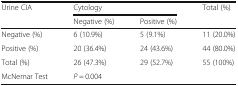
<table><thead><tr><td rowspan="2"><b>Urine CIA</b></td><td colspan="2"><b>Cytology</b></td><td rowspan="2"><b>Total (%)</b></td></tr><tr><td><b>Negative (%)</b></td><td><b>Positive (%)</b></td></tr></thead><tbody><tr><td>Negative (%)</td><td>6 (10.9%)</td><td>5 (9.1%)</td><td>11 (20.0%)</td></tr><tr><td>Positive (%)</td><td>20 (36.4%)</td><td>24 (43.6%)</td><td>44 (80.0%)</td></tr><tr><td>Total (%)</td><td>26 (47.3%)</td><td>29 (52.7%)</td><td>55 (100%)</td></tr><tr><td>McNemar Test</td><td colspan="2"><i>P</i> = 0.004</td><td></td></tr></tbody></table>